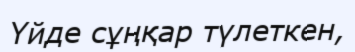
Үйде сұңқар түлеткен,